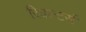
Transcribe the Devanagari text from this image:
रियल्टर्स